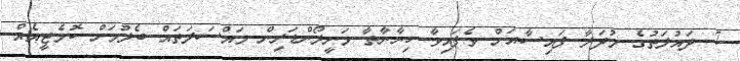
7. ދައުލަތުގެ މުދަލާ ފައިސާއަށް ވެފައިވާ ހިޔާނާތާ މަނީލޯންޑަރިން މައްސަލަތައް ބެލުމަށް ކޮމެޓީއެއް